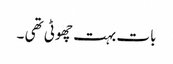
بات بہت چھوٹی تھی ۔